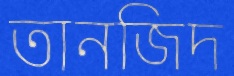
তানজিদ